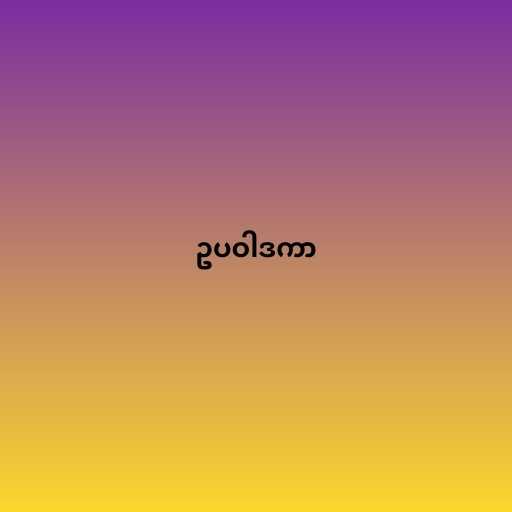
ဥပဝါဒကာ